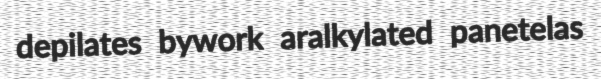
depilates bywork aralkylated panetelas